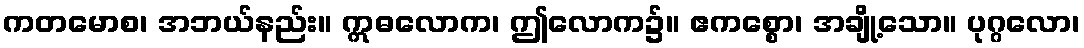
ကတမောစ၊ အဘယ်နည်း။ ဣဓလောက၊ ဤလောက၌။ ဧကစ္စော၊ အချို့သော။ ပုဂ္ဂလော၊